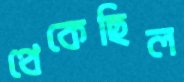
থেকেছিল